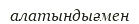
алатындығмен